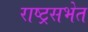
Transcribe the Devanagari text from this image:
राष्ट्रसभेत